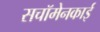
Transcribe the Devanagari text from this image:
सचॉमेनकाई